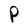
Character: P